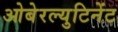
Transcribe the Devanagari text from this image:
ओबेरल्युटिनेंट